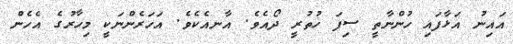
އައިނު އަޅާފައި ހުންނާތީ ސިފަ ހުތުރީ ދޯއެވެ. އާނއެކެވެ. އަހަރެންނަކީ މިހާރުގެ އެހެން